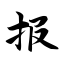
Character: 报